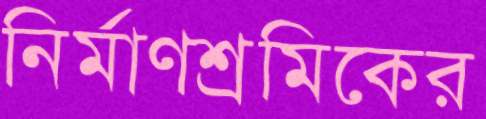
নির্মাণশ্রমিকের